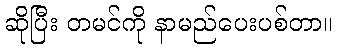
ဆိုပြီး တမင်ကို နာမည်ပေးပစ်တာ။